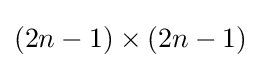
(2n-1)\times (2n-1)